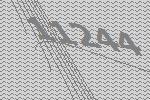
11244